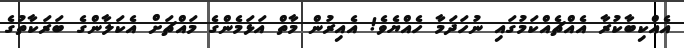
އެއްކިބާކުރާ އެއްޗެއްކަމުގައި ނުހަދަމާ ހެއްޔެވެ! އެއިރުން މާތް އަޅަމެންގެ މައްޗަށް އެކަލާންގެ ބަރަކާތުގެ